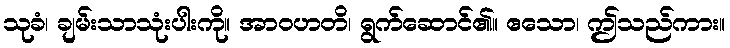
သုခံ၊ ချမ်းသာသုံးပါးကို။ အာဝဟတိ၊ ရွက်ဆောင်၏။ ဧသော၊ ဤသည်ကား။